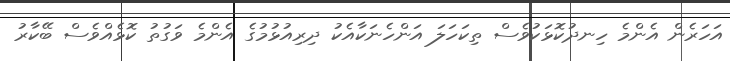
އަހަރެން އެންމެ ހިނދުކޮޅަކުވެސް ތިކަހަލަ އަންހެނަކާއެކު ދިރިއުޅުމުގެ އެންމެ ވަގުތު ކޮޅެއްވެސް ބޭކާރު